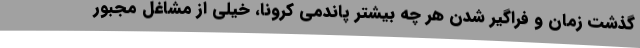
گذشت زمان و فراگیر شدن هر چه بیشتر پاندمی کرونا، خیلی از مشاغل مجبور